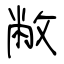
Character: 敝